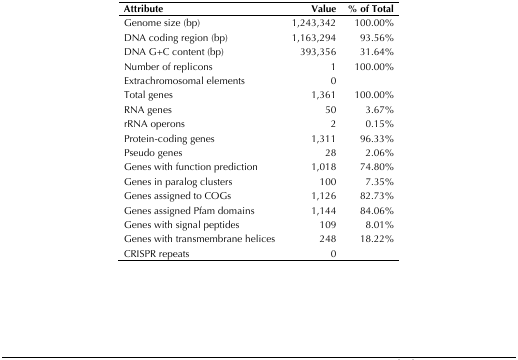
<table><thead><tr><td><b>Attribute</b></td><td><b>Value</b></td><td><b>% of Total</b></td></tr></thead><tbody><tr><td>Genome size (bp)</td><td>1,243,342</td><td>100.00%</td></tr><tr><td>DNA coding region (bp)</td><td>1,163,294</td><td>93.56%</td></tr><tr><td>DNA G+C content (bp)</td><td>393,356</td><td>31.64%</td></tr><tr><td>Number of replicons</td><td>1</td><td>100.00%</td></tr><tr><td>Extrachromosomal elements</td><td>0</td><td></td></tr><tr><td>Total genes</td><td>1,361</td><td>100.00%</td></tr><tr><td>RNA genes</td><td>50</td><td>3.67%</td></tr><tr><td>rRNA operons</td><td>2</td><td>0.15%</td></tr><tr><td>Protein-coding genes</td><td>1,311</td><td>96.33%</td></tr><tr><td>Pseudo genes</td><td>28</td><td>2.06%</td></tr><tr><td>Genes with function prediction</td><td>1,018</td><td>74.80%</td></tr><tr><td>Genes in paralog clusters</td><td>100</td><td>7.35%</td></tr><tr><td>Genes assigned to COGs</td><td>1,126</td><td>82.73%</td></tr><tr><td>Genes assigned Pfam domains</td><td>1,144</td><td>84.06%</td></tr><tr><td>Genes with signal peptides</td><td>109</td><td>8.01%</td></tr><tr><td>Genes with transmembrane helices</td><td>248</td><td>18.22%</td></tr><tr><td>CRISPR repeats</td><td>0</td><td></td></tr></tbody></table>